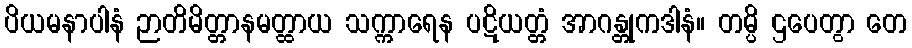
ပိယမနာပါနံ ဉာတိမိတ္တာနမတ္ထာယ သက္ကာရေန ပဋိယတ္တံ အာဂန္တုကဒါနံ။ တမ္ပိ ဌပေတွာ တေ